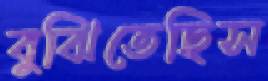
বুঝিতেছিস